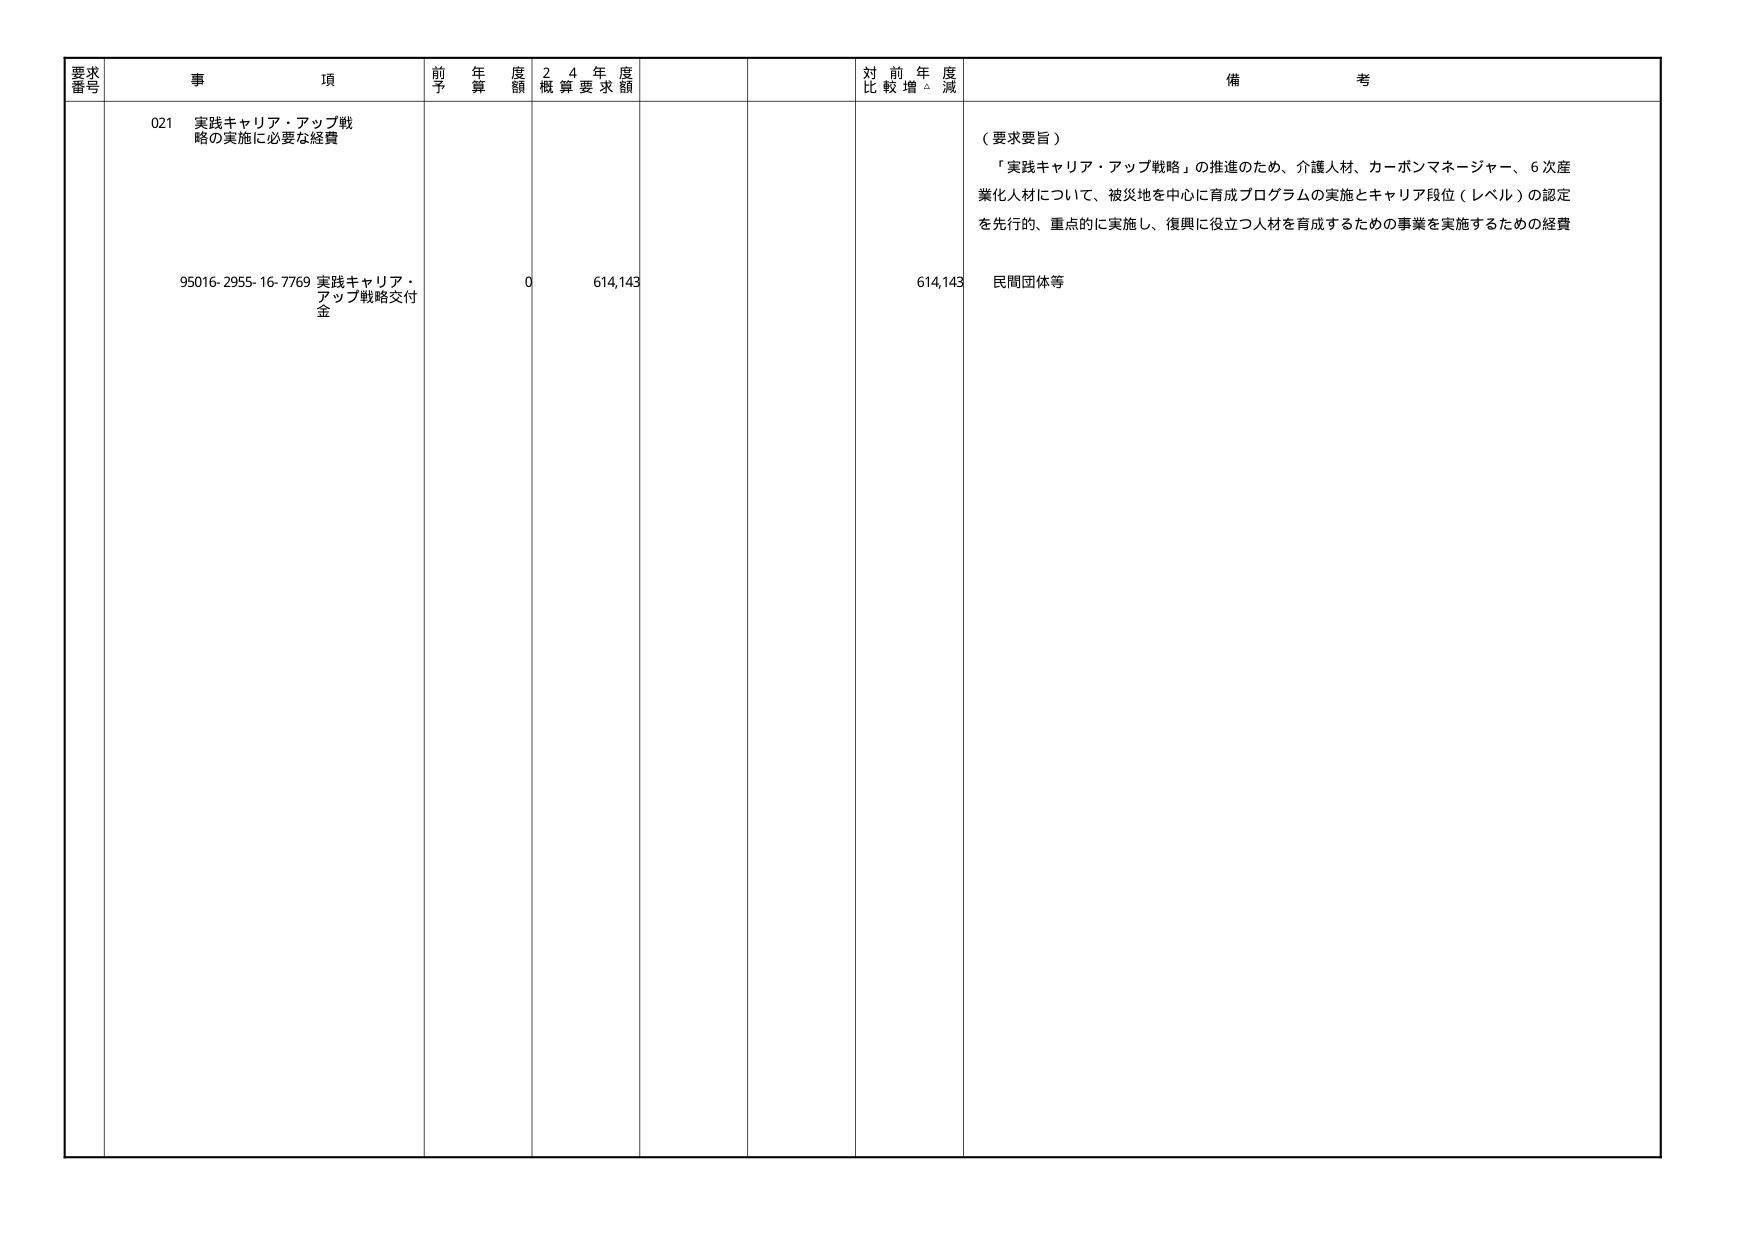
要求番号 事項 前年度予算額 24年度概算要求額 対前年度比較増減 備考
021 実践キャリア・アップ戦略の実施に必要な経費
95016-2955-16-7769 実践キャリア・アップ戦略交付金 0 614,143 614,143 民間団体等
（要求要旨）
「実践キャリア・アップ戦略」の推進のため、介護人材、カーボンマネージャー、6次産業化人材について、被災地を中心に育成プログラムの実施とキャリア段位（レベル）の認定を先行的、重点的に実施し、復興に役立つ人材を育成するための事業を実施するための経費